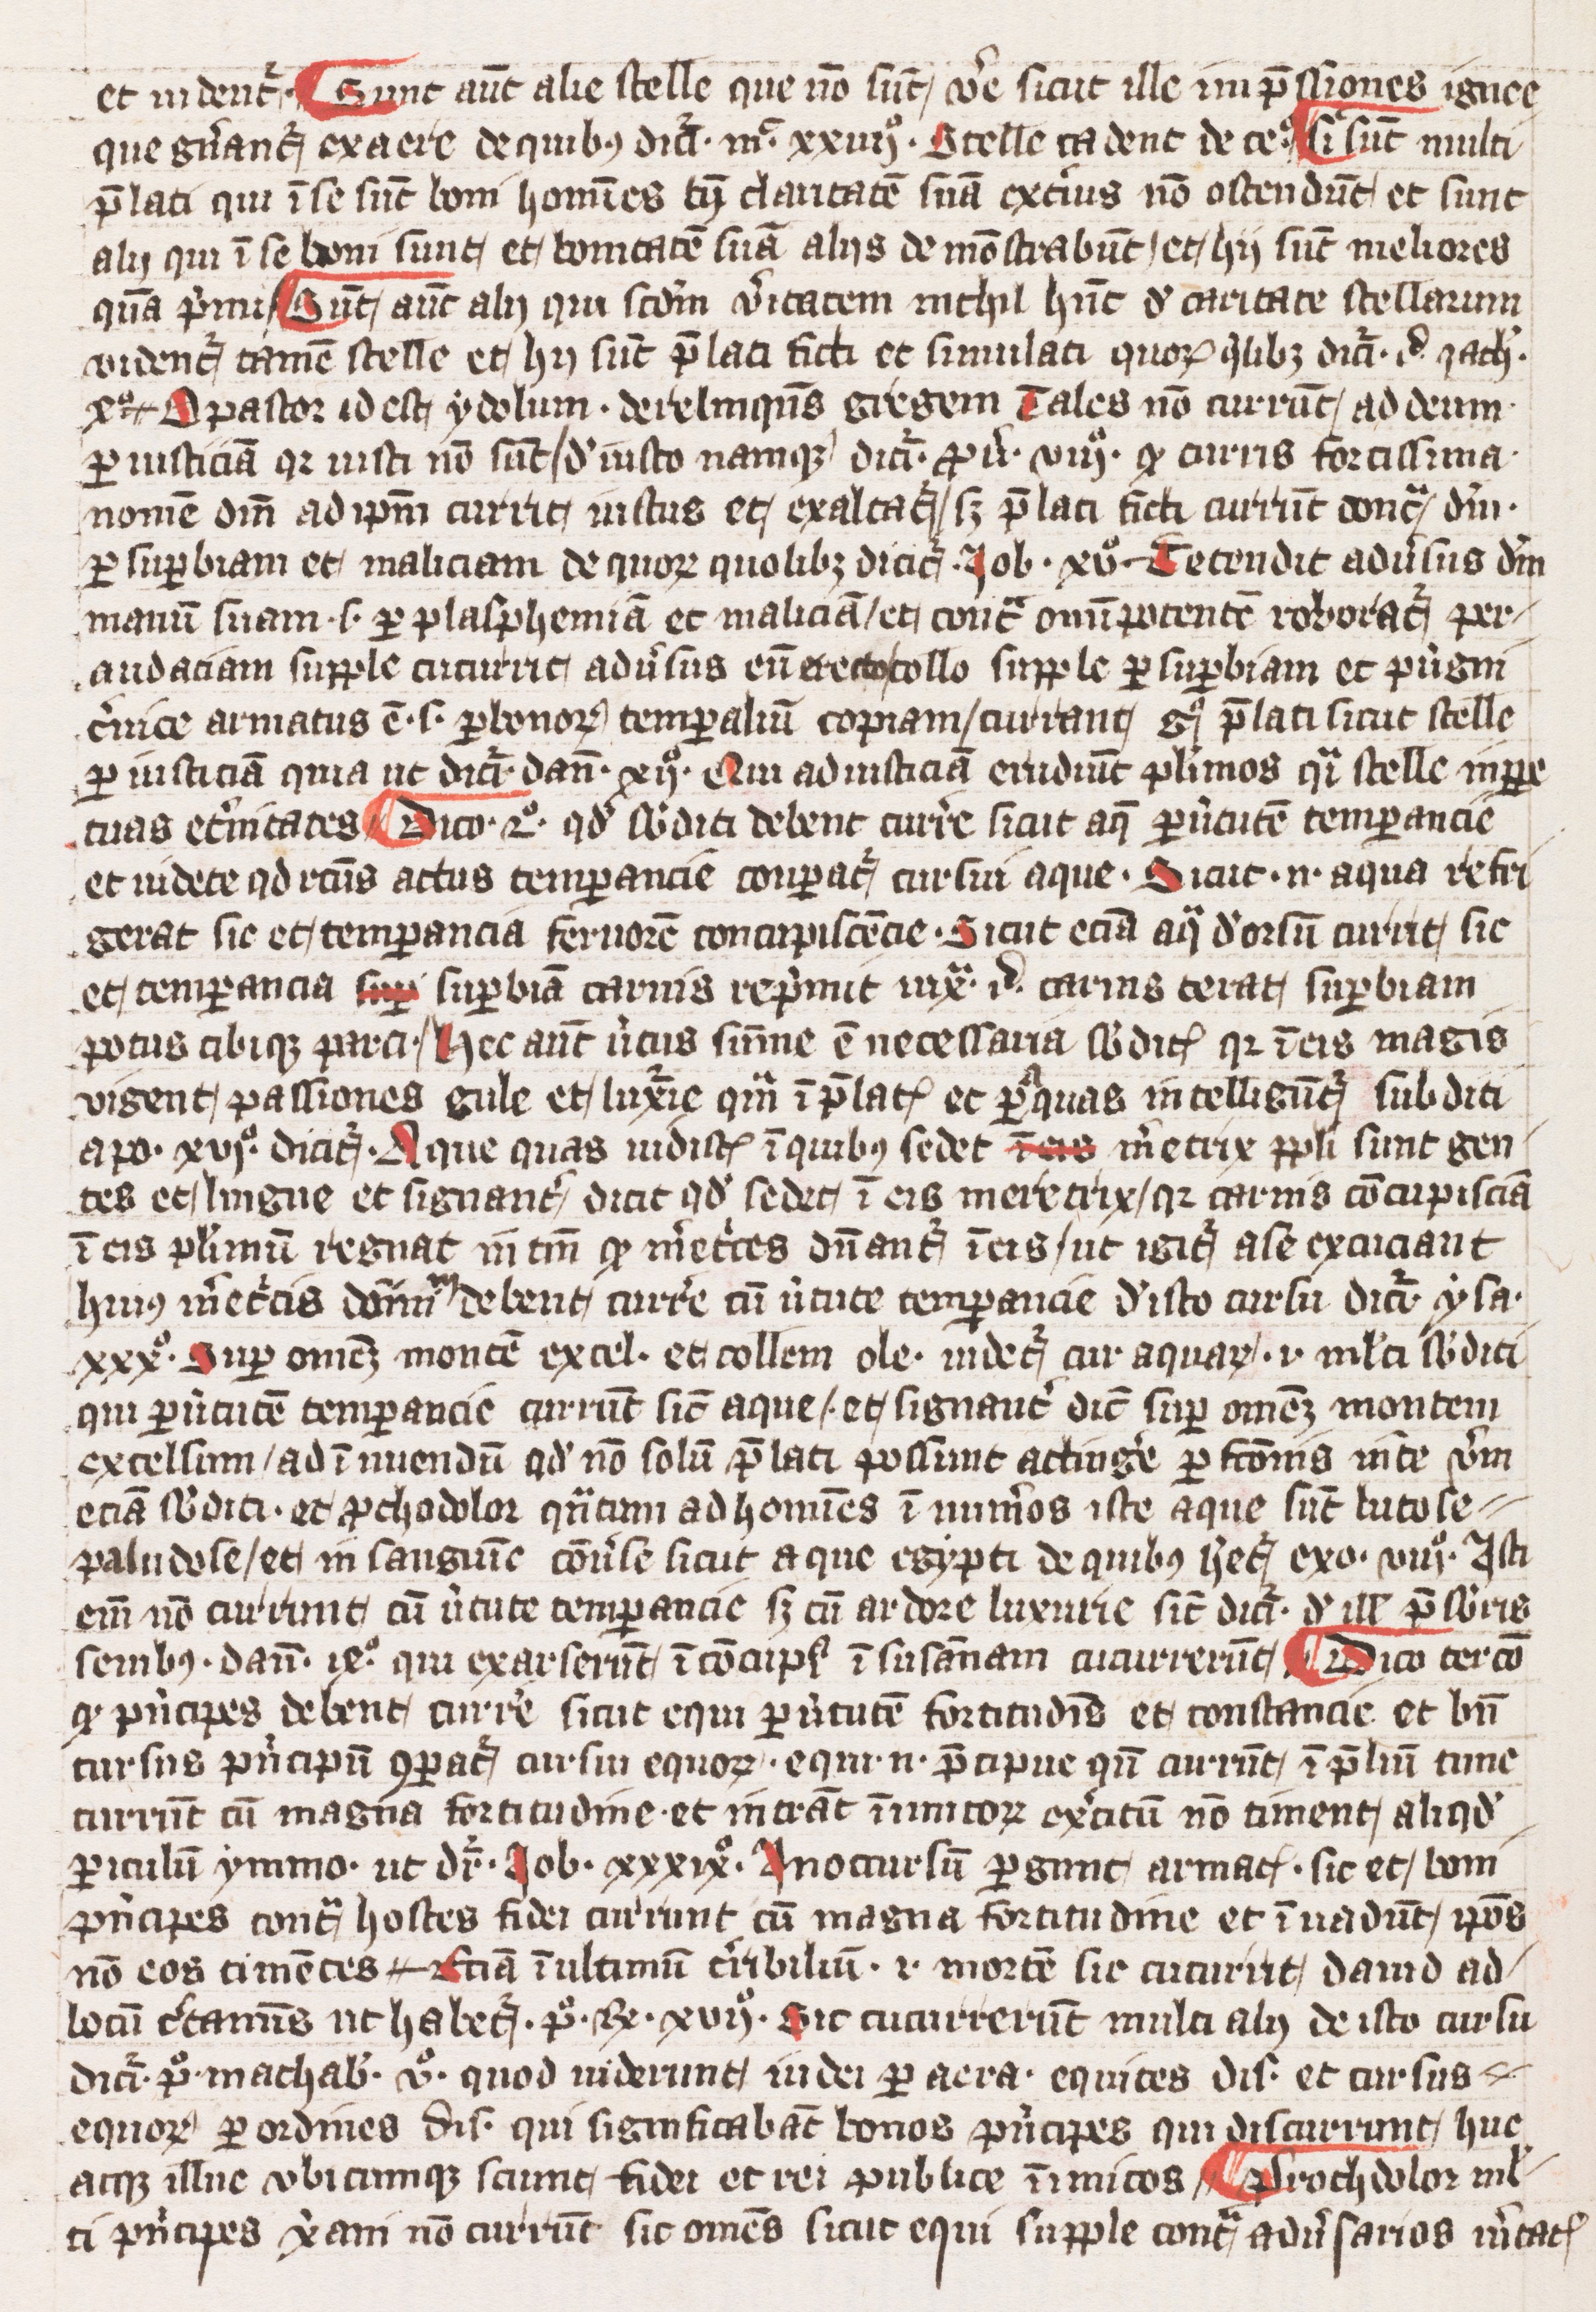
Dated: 1393–1393